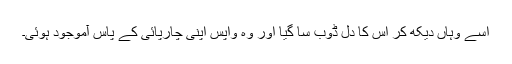
اسے وہاں دیکھ کر اس کا دل ڈوب سا گیا اور وہ واپس اپنی چارپائی کے پاس آموجود ہوئی۔